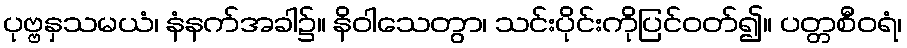
ပုဗ္ဗနှသမယံ၊ နံနက်အခါ၌။ နိဝါသေတွာ၊ သင်းပိုင်းကိုပြင်ဝတ်၍။ ပတ္တစီဝရံ၊